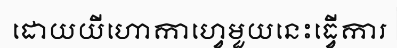
ដោយយីហោកាហ្វេមួយនេះធ្វើការ